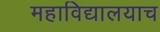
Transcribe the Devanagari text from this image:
महाविद्यालयाच